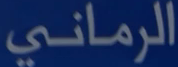
الرماني